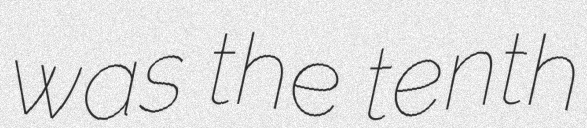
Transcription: was the tenth